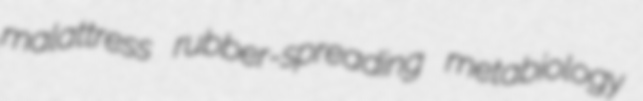
malattress rubber-spreading metabiology